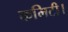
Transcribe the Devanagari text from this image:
कमिटी।